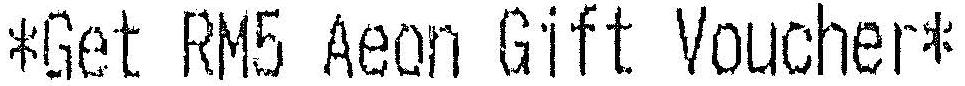
*GET RM5 AEON GIFT VOUCHER*